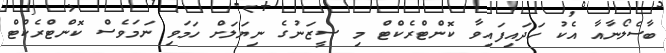
ބާސެލޯނާއާ އެކު ހަދައިފައިވާ ކޮންޓްރެކްޓް މި ސީޒަނުގެ ނިޔަލަށް ހަމަވި ނަމަވެސް ކޮންޓްރެކްޓް